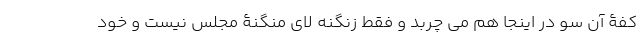
کفۀ آن سو در اینجا هم می چربد و فقط زنگنه لای منگنۀ مجلس نیست و خود